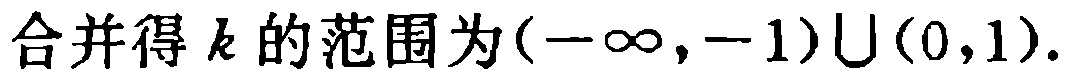
合并得 \(k\) 的范围为\((-\infty,-1)\cup(0,1)\).